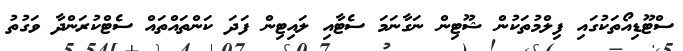
ސްޓޫޑިއޯތަކުގައި ފިލްމުތަކުން ޝޫޓިން ނަގާނަމަ ސެޓާއި ލައިޓިން ފަދަ ކަންތައްތައް ސެޓްކުރަންދާ ވަގުތު